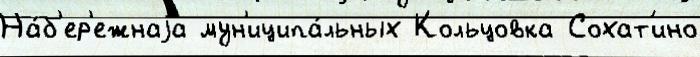
На́б'ер'ежнаjа мун'иципа́льных Кольцовка Сохат'ино